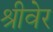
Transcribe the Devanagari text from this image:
श्रीवेर